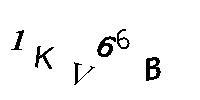
1KV66B